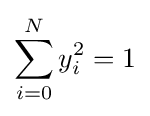
\sum _{i=0}^{N}y_{i}^{2}=1